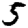
Digit: 5